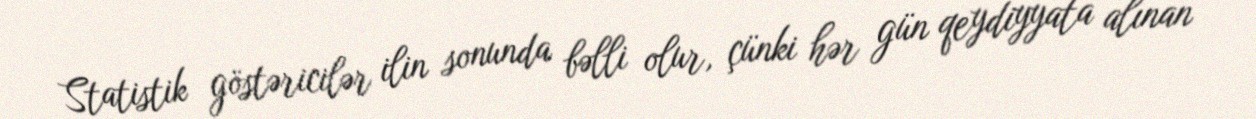
Statistik göstəricilər ilin sonunda bəlli olur, çünki hər gün qeydiyyata alınan